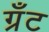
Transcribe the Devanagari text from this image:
ग्रॅंट